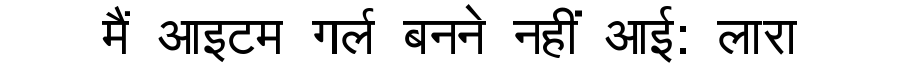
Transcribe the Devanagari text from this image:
मैं आइटम गर्ल बनने नहीं आई: लारा